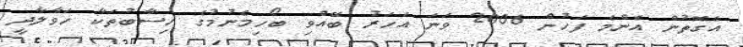
އެގޮތުން އެންމެ ފަހުން 2006 ވަނަ އަހަރު ބޭއްވި ބޯހިމެނުމުގެ ހިސާބުތަކާ ހަވާލާދީ